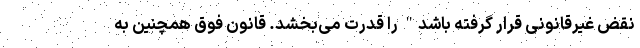
نقض غیرقانونی قرار گرفته باشد" را قدرت می‌بخشد. قانون فوق همچنین به